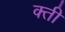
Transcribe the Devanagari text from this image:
क्ती